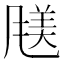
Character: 𫖿